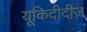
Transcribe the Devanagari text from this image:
यूकिदीदीज़